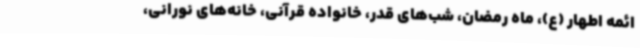
ائمه اطهار (ع)، ماه رمضان، شب‌های قدر، خانواده قرآنی، خانه‌های نورانی،